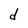
Character: d